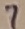
Text: 7